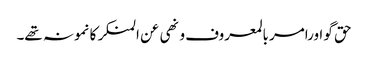
حق گو اورامر بالمعروف و نھی عن المنکر کا نمونہ تھے۔